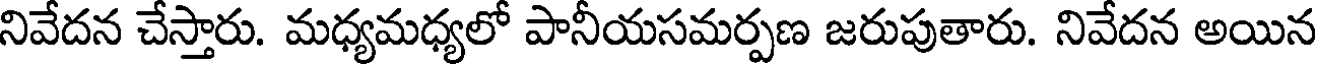
నివేదన చేస్తారు. మధ్యమధ్యలో పానీయసమర్పణ జరుపుతారు. నివేదన అయిన